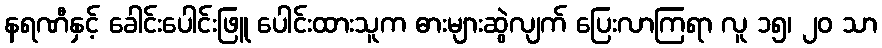
နရဏီနှင့် ခေါင်းပေါင်းဖြူ ပေါင်းထားသူက ဓားများဆွဲလျက် ပြေးလာကြရာ လူ ၁၅၊ ၂၀ သာ